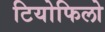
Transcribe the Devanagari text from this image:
टियोफिलो